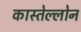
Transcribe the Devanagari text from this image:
कास्तेल्लोन